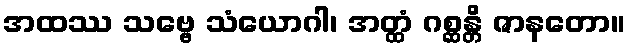
အထဿ သဗ္ဗေ သံယောဂါ၊ အတ္ထံ ဂစ္ဆန္တိ ဇာနတော။